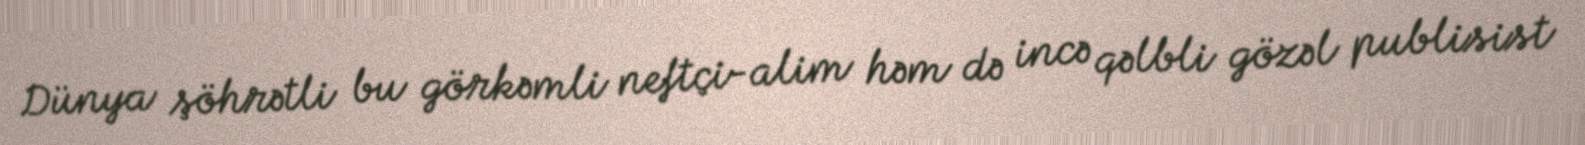
Dünya şöhrətli bu görkəmli neftçi-alim həm də incə qəlbli gözəl publisist